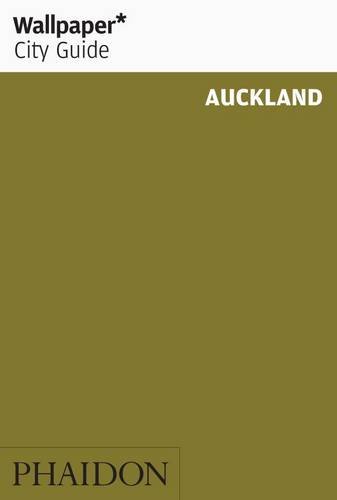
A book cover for Wallpaper City Guide: Auckland (Wallpaper City Guides); Editors of Wallpaper Magazine; Travel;